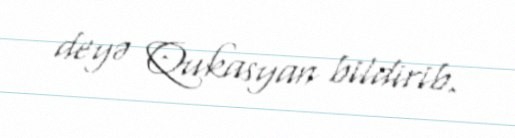
deyə Qukasyan bildirib.